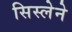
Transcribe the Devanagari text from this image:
सिस्लेने